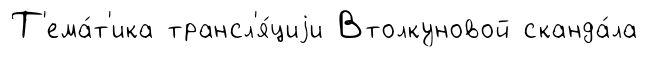
Т'ема́т'ика трансл'я́циjи Втолкуновой сканда́ла